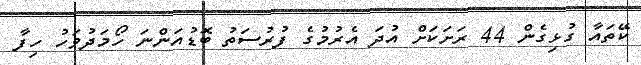
ކޭތައާ ގުޅިގެން 44 ރަށަކަށް އުދަ އެރުމުގެ ފުރުސަތު ބޮޑުއަންނަ ހޯމަދުވަހު ހިފާ